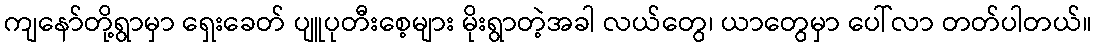
ကျနော်တို့ရွာမှာ ရှေးခေတ် ပျူပုတီးစေ့များ မိုးရွာတဲ့အခါ လယ်တွေ၊ ယာတွေမှာ ပေါ်လာ တတ်ပါတယ်။